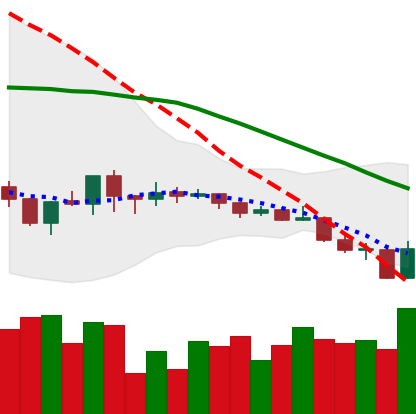
Ticker: ADA-USD
Chart end date: 2019-08-10
Forward return: -8.584%
Label: down_7plus